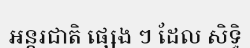
អន្តរជាតិ ផ្សេង ៗ ដែល សិទ្ធិ